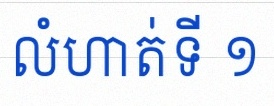
លំហាត់ទី ១